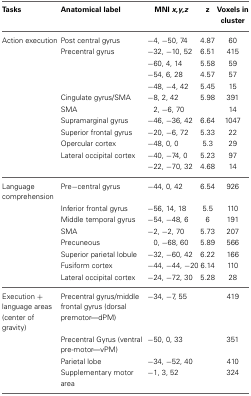
| Tasks | Anatomical label | MNI x,y,z | z | Voxels in cluster |
 | --- | --- | --- | --- | --- |
 | Action execution | Post central gyrus | −4, −50, 74 | 4.87 | 60 |
 |  | Precentral gyrus | −32, −10, 52 | 6.51 | 415 |
 |  |  | −60, 4, 14 | 5.58 | 59 |
 |  |  | −54, 6, 28 | 4.57 | 57 |
 |  |  | −48, −4, 42 | 5.45 | 15 |
 |  | Cingulate gyrus/SMA | −8, 2, 42 | 5.98 | 391 |
 |  | SMA | 2, −6, 70 |  | 14 |
 |  | Supramarginal gyrus | −46, −36, 42 | 6.64 | 1047 |
 |  | Superior frontal gyrus | −20, −6, 72 | 5.33 | 22 |
 |  | Opercular cortex | −48, 0, 0 | 5.3 | 29 |
 |  | Lateral occipital cortex | −40, −74, 0 | 5.23 | 97 |
 |  |  | −22, −70, 32 | 4.68 | 14 |
 | Language comprehension | Pre−central gyrus | −44, 0, 42 | 6.54 | 926 |
 |  | Inferior frontal gyrus | −56, 14, 18 | 5.5 | 110 |
 |  | Middle temporal gyrus | −54, −48, 6 | 6 | 191 |
 |  | SMA | −2, −2, 70 | 5.73 | 207 |
 |  | Precuneous | 0, −68, 60 | 5.89 | 566 |
 |  | Superior parietal lobule | −32, −60, 42 | 6.22 | 166 |
 |  | Fusiform cortex | −44, −44, −20 | 6.14 | 110 |
 |  | Lateral occipital cortex | −24, −72, 30 | 5.28 | 28 |
 | Execution + language areas (center of gravity) | Precentral gyrus/middle frontal gyrus (dorsal premotor—dPM) | −34, −7, 55 |  | 419 |
 |  | Precentral Gyrus (ventral pre-motor—vPM) | −50, 0, 33 |  | 351 |
 |  | Parietal lobe | −34, −52, 40 |  | 410 |
 |  | Supplementary motor area | −1, 3, 52 |  | 324 |